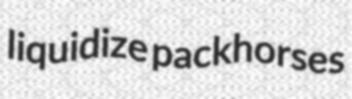
liquidize packhorses